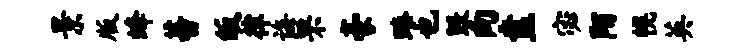
景版蜂蕃皈律诲罘豪臻也毁向盍宓陌幌英